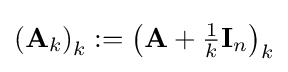
{\textstyle \left(\mathbf {A} _{k}\right)_{k}:=\left(\mathbf {A} +{\frac {1}{k}}\mathbf {I} _{n}\right)_{k}}